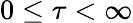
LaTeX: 0\leq\tau<\infty